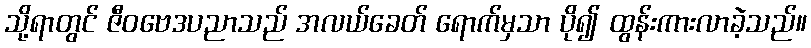
သို့ရာတွင် ဇီဝဗေဒပညာသည် အလယ်ခေတ် ရောက်မှသာ ပို၍ ထွန်းကားလာခဲ့သည်။